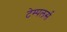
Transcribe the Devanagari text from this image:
टेम्पलर्स